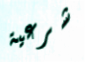
شرعية